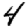
Digit: 4